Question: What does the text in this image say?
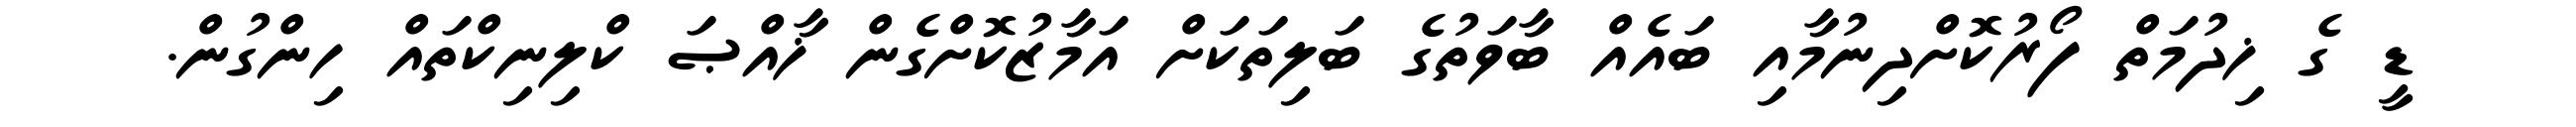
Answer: ޑީ ގެ ޚިދުމަތް ފޯރުކޮށްދިނުމާއި ބައެއް ބާވަތުގެ ބަލިތަކަށް އަމާޒުކޮށްގެން ޚާއްޞަ ކްލިނިކްތައް ހިންގުން.